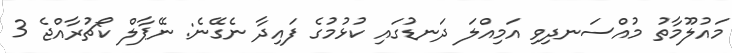
މައުލޫމާތު މުއްސަނދިވި އަމިއްލަ ދަނޑުގައި ކުޅުމުގެ ފައިދާ ނެގޭނެ: ނޭޕާލް ކޯޗުރާއްޖެ 3